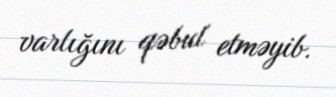
varlığını qəbul etməyib.